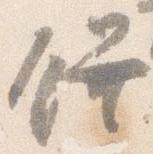
饌